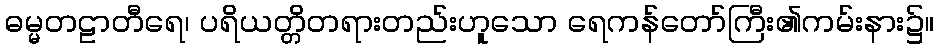
ဓမ္မတဠာတီရေ၊ ပရိယတ္တိတရားတည်းဟူသော ရေကန်တော်ကြီး၏ကမ်းနား၌။